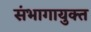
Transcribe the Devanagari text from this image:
संभागायुक्त